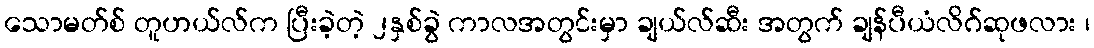
သောမတ်စ် တူဟယ်လ်က ပြီးခဲ့တဲ့ ၂နှစ်ခွဲ ကာလအတွင်းမှာ ချယ်လ်ဆီး အတွက် ချန်ပီယံလိဂ်ဆုဖလား ၊